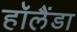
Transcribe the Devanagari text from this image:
हॉलैंडा